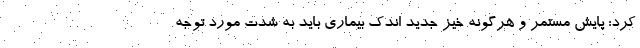
کرد: پایش مستمر و هرگونه خیز جدید اندک بیماری باید به شدت مورد توجه